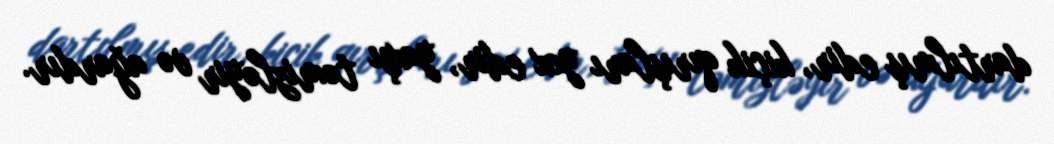
dartılmış edir, kiçik qırışları yox edir, yaxşı təmizləyir və ağardır.